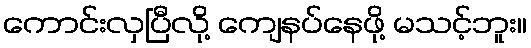
ကောင်းလှပြီလို့ ကျေနပ်နေဖို့ မသင့်ဘူး။